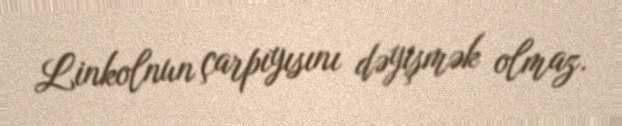
Linkolnun çarpıyısını dəyişmək olmaz.